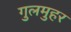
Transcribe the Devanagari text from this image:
गुलमुहर